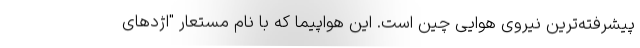
پیشرفته‌ترین نیروی هوایی چین است. این هواپیما که با نام مستعار "اژدهای